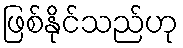
ဖြစ်နိုင်သည်ဟု